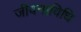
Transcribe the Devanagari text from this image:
जीवनाविधि